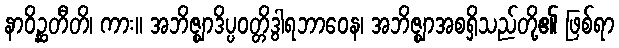
နာဝိဉ္ဆတီတိ၊ ကား။ အဘိဇ္ဈာဒိပ္ပဝတ္တိဒွါရဘာဝေန၊ အဘိဇ္ဈာအစရှိသည်တို့၏ ဖြစ်ရာ